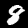
Digit: 8